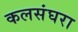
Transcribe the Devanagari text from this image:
कलसंघरा